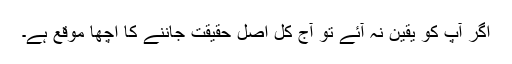
اگر آپ کو یقین نہ آئے تو آج کل اصل حقیقت جاننے کا اچھا موقع ہے۔